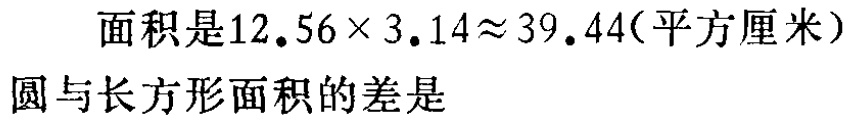
面积是\(12.56\times 3.14\approx 39.44\)(平方厘米)

圆与长方形面积的差是